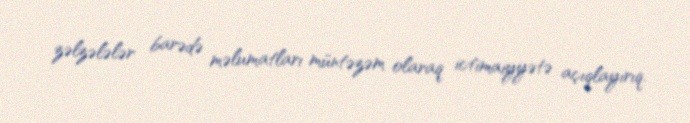
zəlzələlər barədə məlumatları müntəzəm olaraq ictimaiyyətə açıqlayırıq.